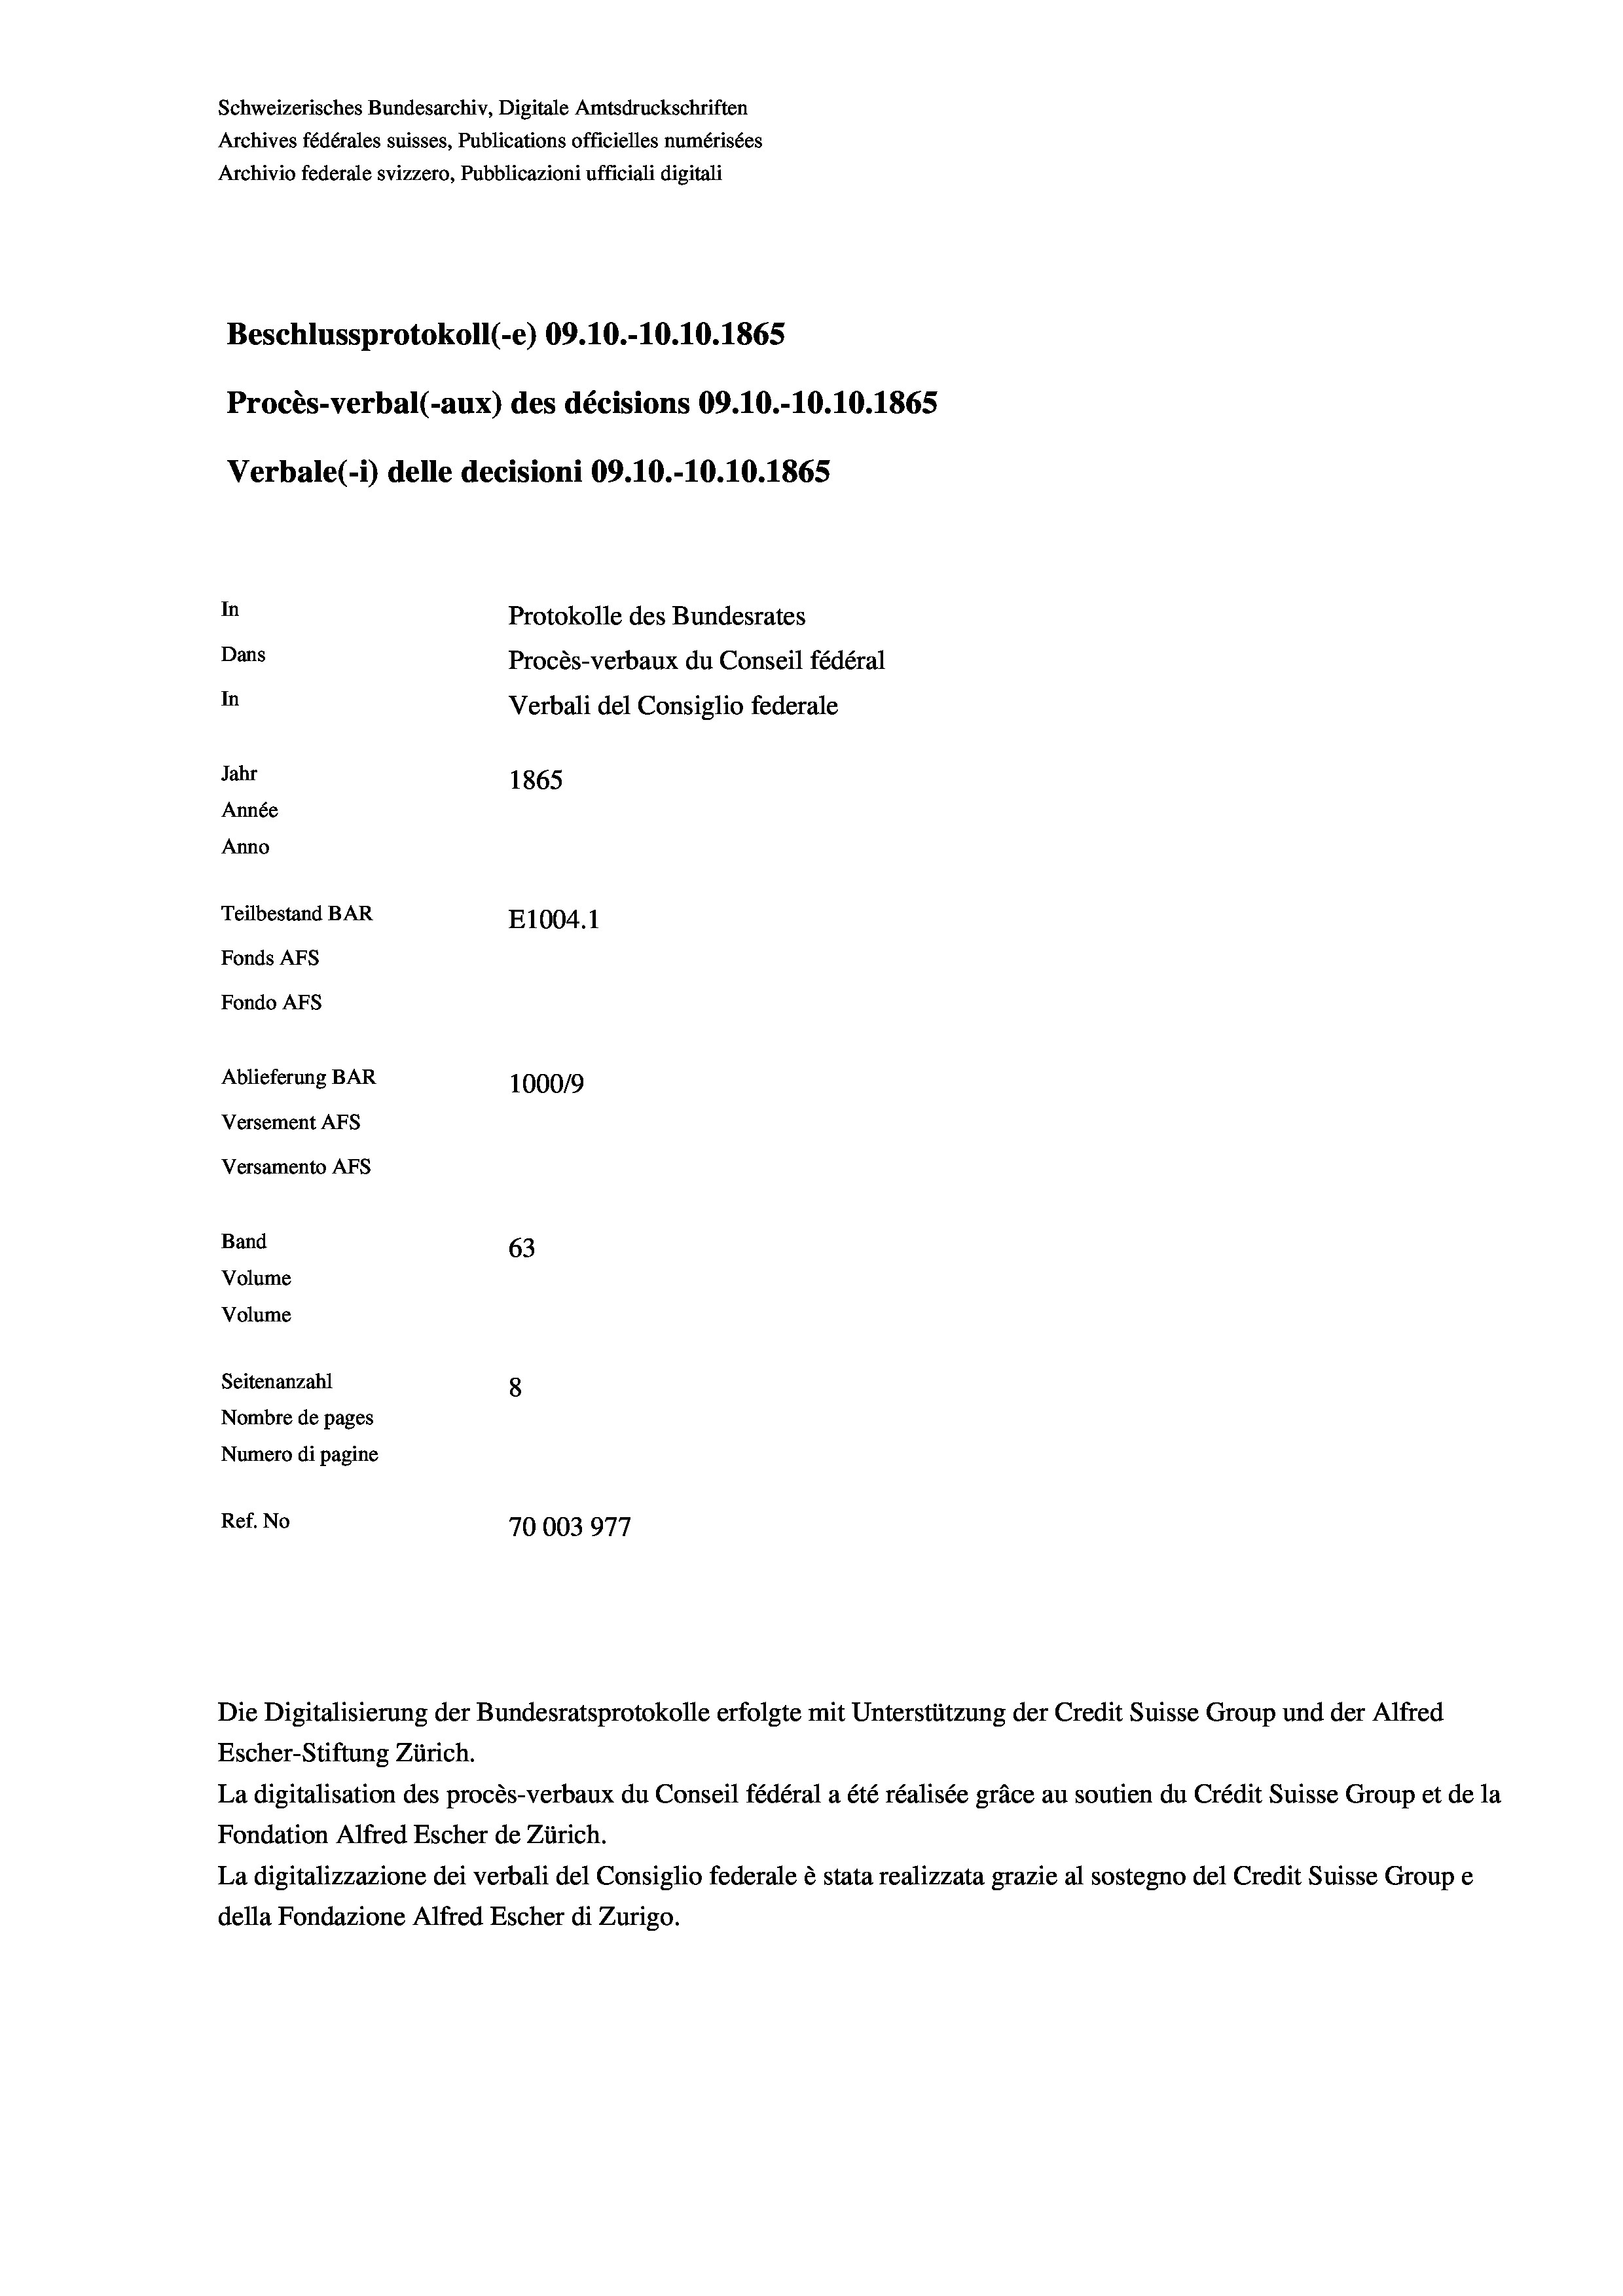
Beschlussprotokoll (-e) 09.10.-10.10.1865
Procès-verbal (-aux) des décisions 09.10.-10.10.1865
In
Protokolle des Bundesrates
Dans
Procès-verbaux du Conseil fédéral
In
Verbali del Consiglio federale
Jahr
1865
Année
Anno
Teilbestand BAR
E1004. 1
Fonds AFs
Fondo Afs

Ablieferung BAR
Versement AFs
Versamento Afs
Band
63
Volume
Volume
Seitenanzahl
8
Nombre de pages
Numero di pagine

Escher-Stiftung Zürich.
La digitalisation des procès-verbaux du Conseil fédéral a été réalisée gräce au soutien du Crédit Suisse Group et de la
Fondation Alfred Escher de Zürich.
La digitalizzazione dei verbali del Consiglio federale è stata realizzata grazie al sostegno del Credit Suisse Groupe
della Fondazione Alfred Escher di Zurigo.

Verbale(*) delle decisioni 09.10.-10.10.1865

100019
Ref. No
70003977

Schweizerisches Bundesarchiv, Digitale Amtsdruckschriften
Archives fédérales suisses, Publications officielles numérisées
Archivio federale svizzero, Pubblicazioni ufficiali digitali

Die Digitalisierung der Bundesratsprotokolle erfolgte mit Unterstützung der Credit Suisse Group und der Alfred